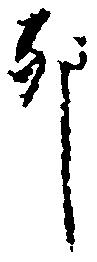
卯